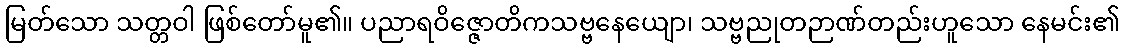
မြတ်သော သတ္တဝါ ဖြစ်တော်မူ၏။ ပညာရဝိဇ္ဇောတိကသဗ္ဗနေယျော၊ သဗ္ဗညုတဉာဏ်တည်းဟူသော နေမင်း၏